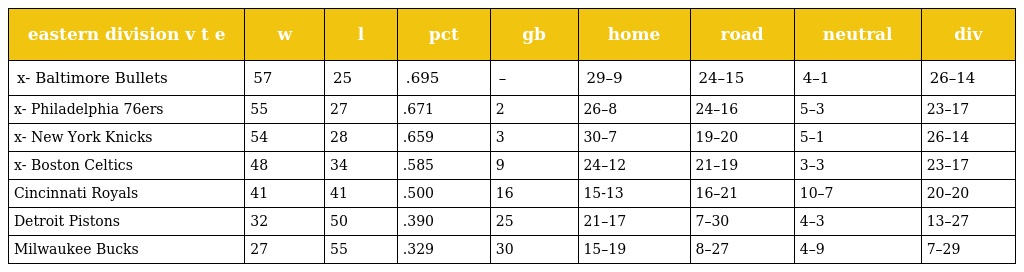
| eastern division v t e | w | l | pct | gb | home | road | neutral | div |
 | --- | --- | --- | --- | --- | --- | --- | --- | --- |
 | x- Baltimore Bullets | 57 | 25 | .695 | – | 29–9 | 24–15 | 4–1 | 26–14 |
 | x- Philadelphia 76ers | 55 | 27 | .671 | 2 | 26–8 | 24–16 | 5–3 | 23–17 |
 | x- New York Knicks | 54 | 28 | .659 | 3 | 30–7 | 19–20 | 5–1 | 26–14 |
 | x- Boston Celtics | 48 | 34 | .585 | 9 | 24–12 | 21–19 | 3–3 | 23–17 |
 | Cincinnati Royals | 41 | 41 | .500 | 16 | 15-13 | 16–21 | 10–7 | 20–20 |
 | Detroit Pistons | 32 | 50 | .390 | 25 | 21–17 | 7–30 | 4–3 | 13–27 |
 | Milwaukee Bucks | 27 | 55 | .329 | 30 | 15–19 | 8–27 | 4–9 | 7–29 |